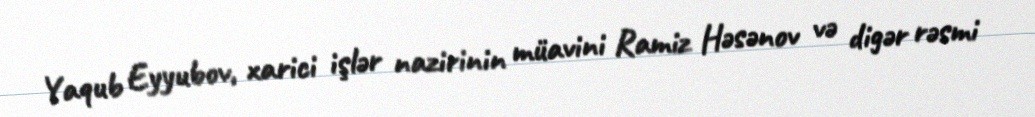
Yaqub Eyyubov, xarici işlər nazirinin müavini Ramiz Həsənov və digər rəsmi